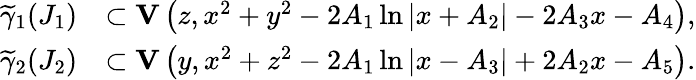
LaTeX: \begin{array}{rl}{\widetilde{\gamma}_{1}(J_{1})}&{\subset{\mathbf{V}}\left(z,x^{2}+y^{2}-2A_{1}\ln|x+A_{2}|-2A_{3}x-A_{4}\right),}\\ {\widetilde{\gamma}_{2}(J_{2})}&{\subset{\mathbf{V}}\left(y,x^{2}+z^{2}-2A_{1}\ln|x-A_{3}|+2A_{2}x-A_{5}\right).}\end{array}